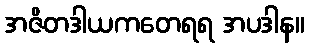
အဇိတဒါယကတေရရ အပဒါန။